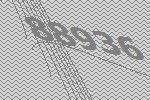
88936